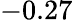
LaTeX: -0.27